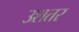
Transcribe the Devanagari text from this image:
उशतर